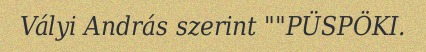
Vályi András szerint ""PÜSPÖKI.